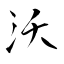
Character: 沃